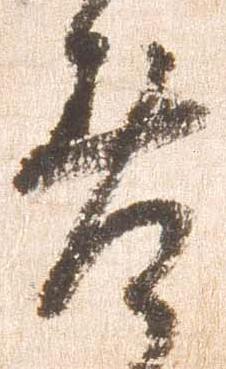
差